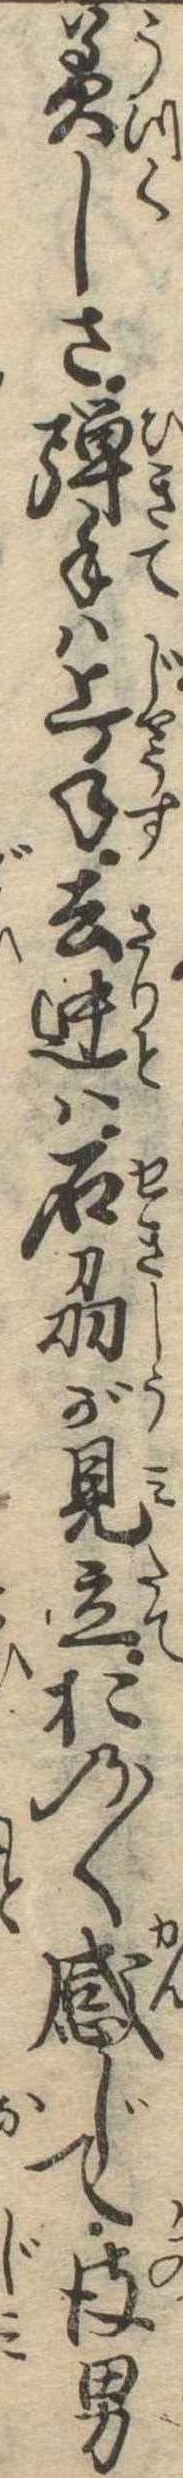
美しさ弾手は上手去迚は石刕が見立おの〱感じて彼男